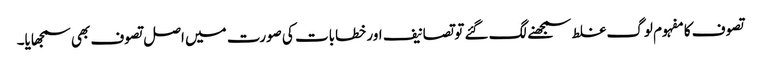
تصوف کا مفہوم لوگ غلط سمجھنے لگ گئے تو تصانیف اور خطابات کی صورت میں اصل تصوف بھی سمجھایا۔